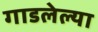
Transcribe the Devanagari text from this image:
गाडलेल्या